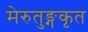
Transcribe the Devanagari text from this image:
मेरुतुङ्गकृत